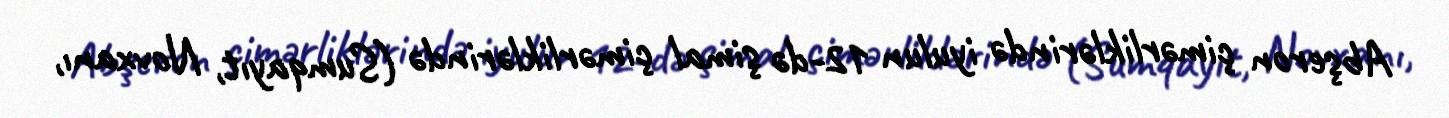
Abşeron çimərliklərində iyulun 12-də şimal çimərliklərində (Sumqayıt, Novxanı,